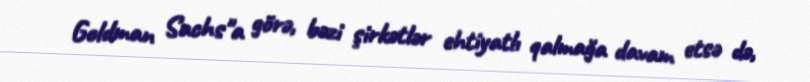
Goldman Sachs"a görə, bəzi şirkətlər ehtiyatlı qalmağa davam etsə də,